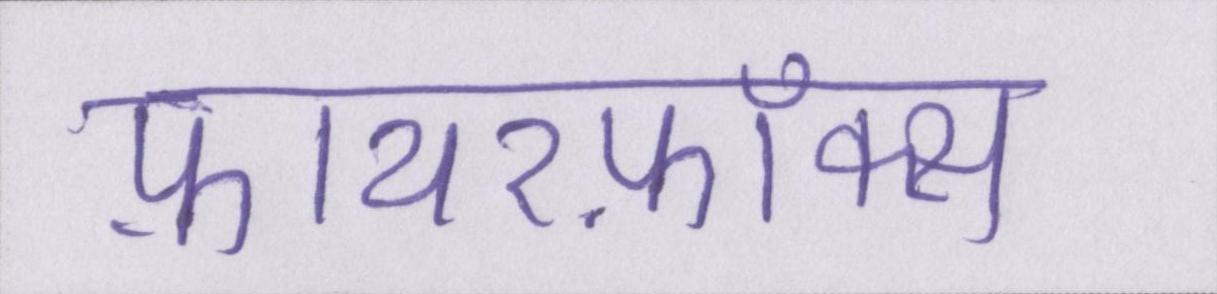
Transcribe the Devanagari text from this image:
फ़ायरफ़ॉक्स